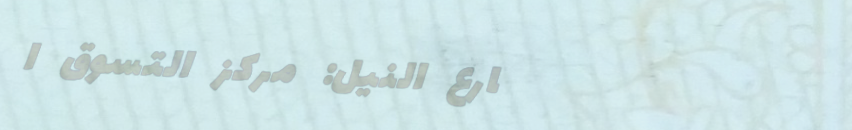
شارع النيل: مركز التسوق ا